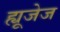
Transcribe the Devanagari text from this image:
ह्यूजेज